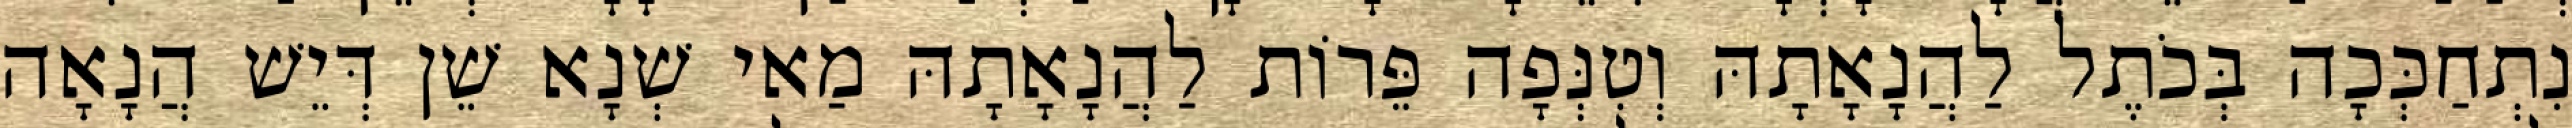
נִתְחַכְּכָה בְּכֹתֶל לַהֲנָאָתָהּ וְטִנְּפָה פֵּרוֹת לַהֲנָאָתָהּ מַאי שְׁנָא שֵׁן דְּיֵשׁ הֲנָאָה